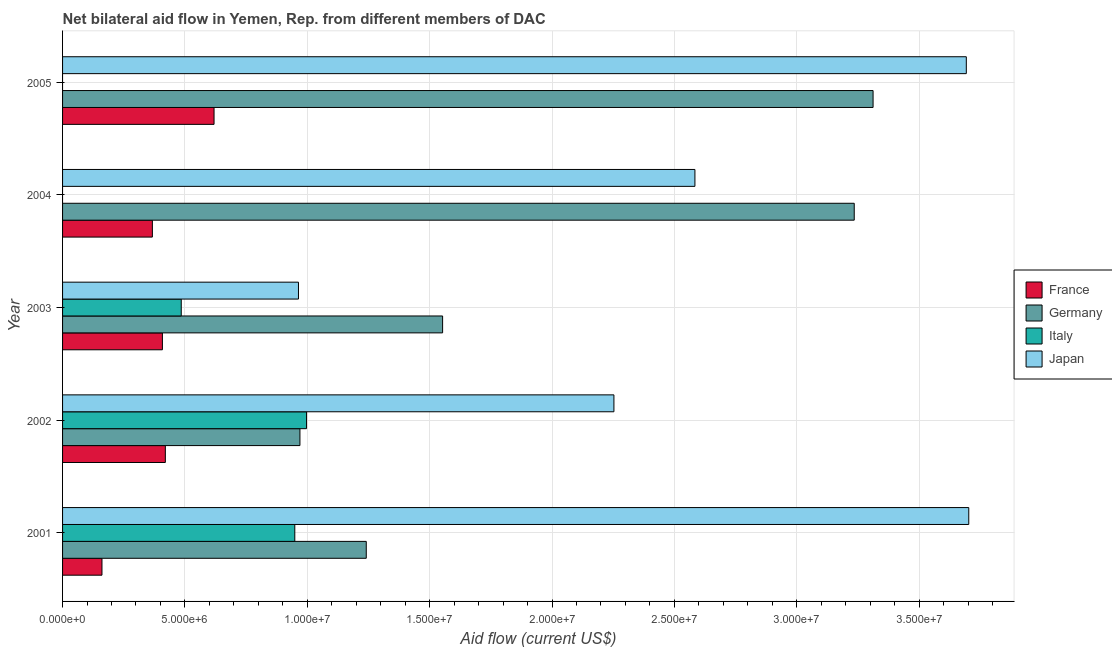
| Year | France | Germany | Italy | Japan |
 | --- | --- | --- | --- | --- |
 | 2001 | 1.61e+06 | 1.24e+07 | 9.49e+06 | 3.7e+07 |
 | 2002 | 4.2e+06 | 9.7e+06 | 9.97e+06 | 2.25e+07 |
 | 2003 | 4.08e+06 | 1.55e+07 | 4.85e+06 | 9.64e+06 |
 | 2004 | 3.67e+06 | 3.24e+07 | -1.98e+06 | 2.58e+07 |
 | 2005 | 6.19e+06 | 3.31e+07 | -1.6e+05 | 3.69e+07 |